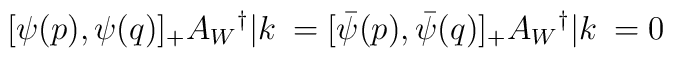
[\psi(p),\psi(q)]_+ A_W{}^{\dag}|k\>= [{\bar \psi}(p),{\bar \psi}(q)]_+A_W{}^{\dag}|k\> = 0